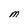
Character: M